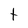
Character: t